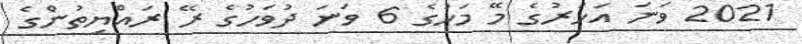
2021 ވަނަ އަހަރުގެ މޭ މަހުގެ 6 ވަނަ ދުވަހުގެ ރޭ ރައްޔިތުންގެ